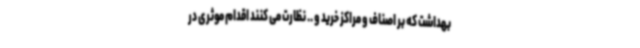
بهداشت که بر اصناف و مراکز خرید و .. نظارت می کنند اقدام موثری در